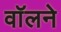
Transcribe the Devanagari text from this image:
वॉलने